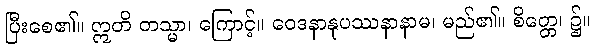
ပြီးစေ၏။ ဣတိ တသ္မာ၊ ကြောင့်။ ဝေဒနာနုပဿနာနာမ၊ မည်၏။ စိတ္တေ၊ ၌။